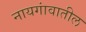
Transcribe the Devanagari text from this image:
नायगांवातील